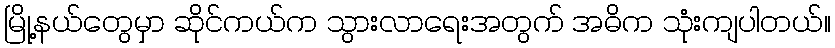
မြို့နယ်တွေမှာ ဆိုင်ကယ်က သွားလာရေးအတွက် အဓိက သုံးကျပါတယ်။